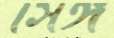
সিঙ্গ